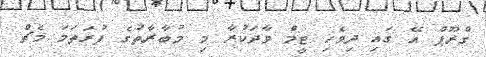
ގްރޫޕް އޭ ގައި ދިވެހި ޓީމް ވާދަކުރާ މި މުބާރާތުގެ ފުރަތަމަ މެޗް